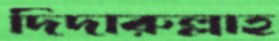
দিদারুল্লাহ